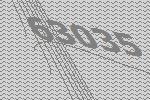
63035